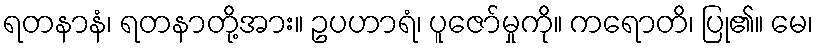
ရတနာနံ၊ ရတနာတို့အား။ ဥပဟာရံ၊ ပူဇော်မှုကို။ ကရောတိ၊ ပြု၏။ မေ၊